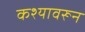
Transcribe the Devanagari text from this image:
कश्यावरून